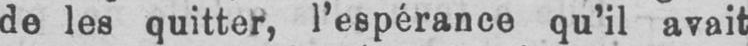
de les quitter, l’espérance qu’il avait